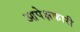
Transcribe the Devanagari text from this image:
आपेक्षकारी